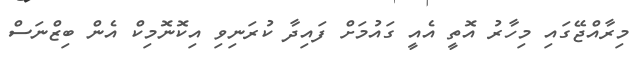
މިރާއްޖޭގައި މިހާރު އޮތީ އެއީ ގައުމަށް ފައިދާ ކުރަނިވި އިކޮނޮމިކް އެން ބިޒްނަސް